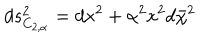
d s _ { C _ { 2 , \alpha } } ^ { 2 } = d x ^ { 2 } + \alpha ^ { 2 } x ^ { 2 } d \bar { \chi } ^ { 2 }